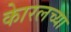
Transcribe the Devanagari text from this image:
काेरलच्या